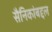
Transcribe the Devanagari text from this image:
सैनिकांबद्दल